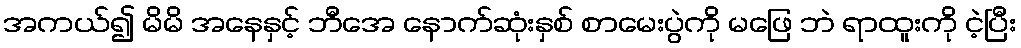
အကယ်၍ မိမိ အနေနှင့် ဘီအေ နောက်ဆုံးနှစ် စာမေးပွဲကို မဖြေ ဘဲ ရာထူးကို ငဲ့ပြီး